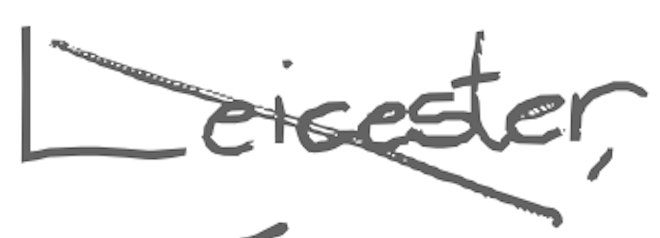
Text: Leicester,
Cross-out: diagonal
Writing tool: digital_gray